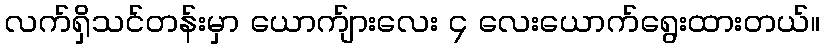
လက်ရှိသင်တန်းမှာ ယောက်ျားလေး ၄ လေးယောက်ရွေးထားတယ်။